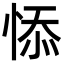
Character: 悿